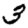
Digit: 3